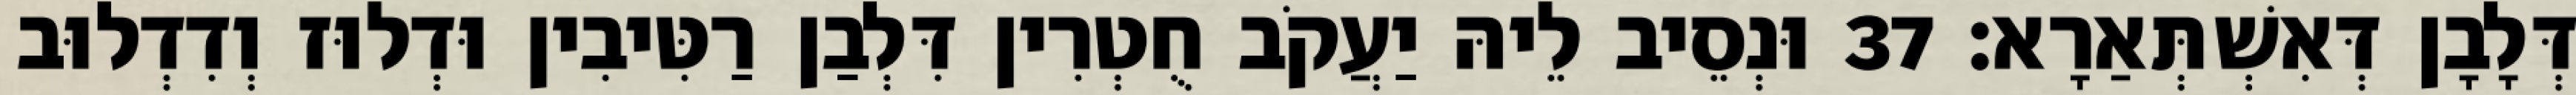
דְּלָבָן דְּאִשְׁתְּאַרָא׃ 37 וּנְסֵיב לֵיהּ יַעֲקֹב חֻטְרִין דִּלְבַן רַטִּיבִין וּדְלוּז וְדִדְלוּב